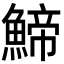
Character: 䱱